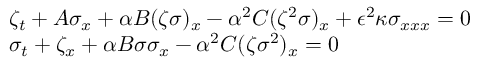
\begin{array} { r l } & { \zeta _ { t } + A \sigma _ { x } + \alpha B ( { \zeta } { \sigma } ) _ { x } - \alpha ^ { 2 } C ( { \zeta } ^ { 2 } { \sigma } ) _ { x } + \epsilon ^ { 2 } \kappa { \sigma } _ { x x x } = 0 } \\ & { \sigma _ { t } + \zeta _ { x } + \alpha B { \sigma } { \sigma } _ { x } - \alpha ^ { 2 } C ( { \zeta } { \sigma } ^ { 2 } ) _ { x } = 0 } \end{array}